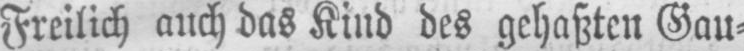
Freilich auch das Kind des gehaßten Gau⸗